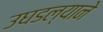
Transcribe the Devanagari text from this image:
उघडल्याने